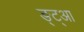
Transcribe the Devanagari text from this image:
ङ्ट्आ